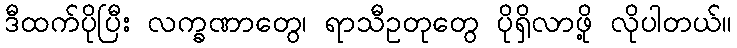
ဒီထက်ပိုပြီး လက္ခဏာတွေ၊ ရာသီဥတုတွေ ပိုရှိလာဖို့ လိုပါတယ်။